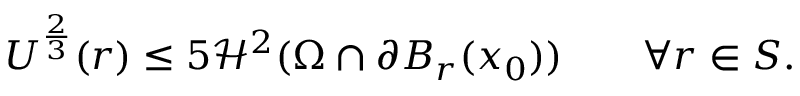
U ^ { \frac { 2 } { 3 } } ( r ) \leq 5 \mathcal { H } ^ { 2 } ( \Omega \cap \partial B _ { r } ( x _ { 0 } ) ) \qquad \forall r \in S .